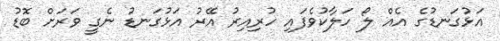
އަޅުގަނޑުގެ އެއް ލޯ ހަލާކުވެފައި ހުރިއިރު އޭރު އަޅުގަނޑު ނެގީ ވަރަށް ބޮޑު